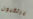
يرتكبون